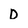
Character: D